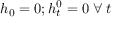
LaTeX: h _ { 0 } = 0 ; h _ { t } ^ { 0 } = 0 \; \forall \; t